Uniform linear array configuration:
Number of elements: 32
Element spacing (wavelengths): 1
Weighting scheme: hann
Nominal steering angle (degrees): -15
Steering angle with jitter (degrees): -14.194
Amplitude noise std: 0.05
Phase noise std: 0.05

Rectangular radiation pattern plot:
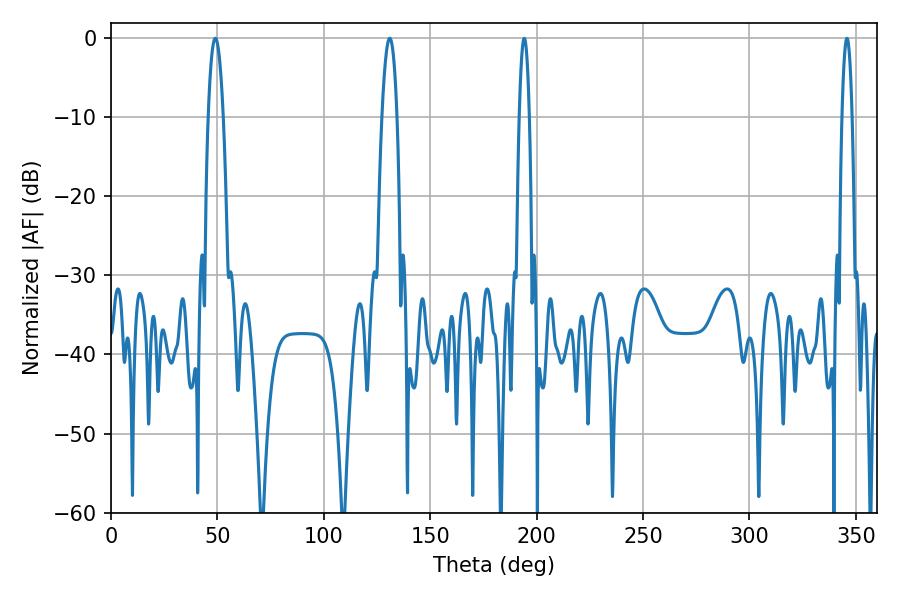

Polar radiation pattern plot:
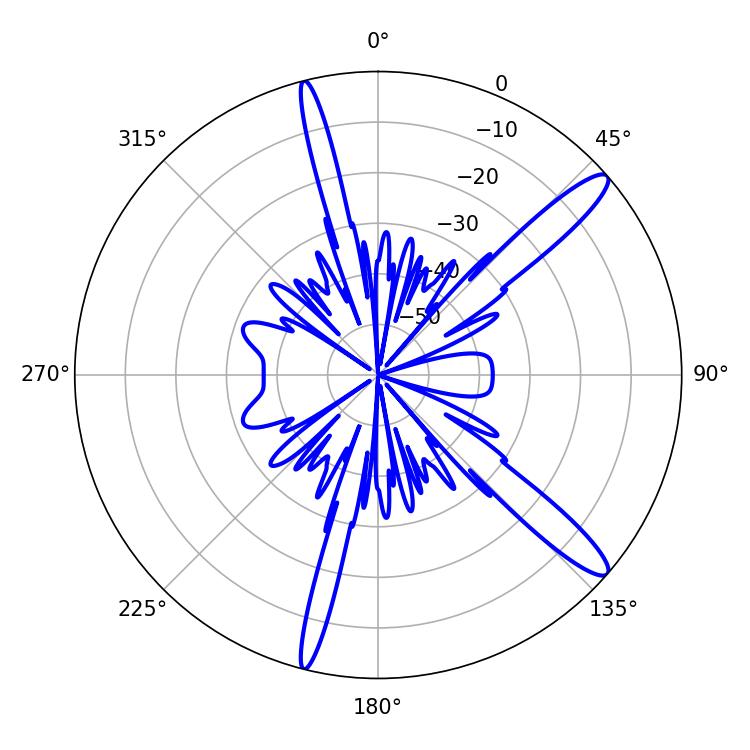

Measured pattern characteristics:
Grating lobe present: TRUE
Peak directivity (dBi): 13.602
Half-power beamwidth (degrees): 2.52
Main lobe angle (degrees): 345.78